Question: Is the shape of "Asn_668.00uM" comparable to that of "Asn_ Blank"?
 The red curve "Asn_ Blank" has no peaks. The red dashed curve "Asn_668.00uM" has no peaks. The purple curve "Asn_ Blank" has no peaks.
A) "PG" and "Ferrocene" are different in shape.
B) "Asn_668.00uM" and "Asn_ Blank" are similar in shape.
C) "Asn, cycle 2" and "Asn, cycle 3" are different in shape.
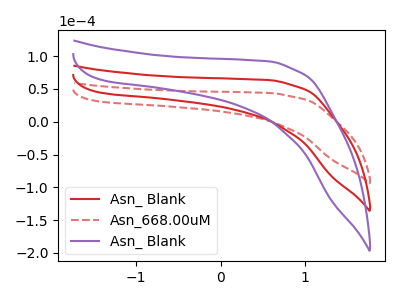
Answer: <think>Neither "Asn_668.00uM" or "Asn_ Blank" have any peaks.
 </think>
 <answer>B) "Asn_668.00uM" and "Asn_ Blank" are similar in shape.</answer>
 <eval>B</eval>